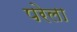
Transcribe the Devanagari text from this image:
परेला